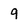
Character: 9